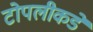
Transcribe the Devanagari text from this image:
टोपलीकडे